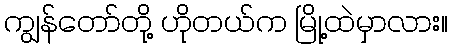
ကျွန်တော်တို့ ဟိုတယ်က မြို့ထဲမှာလား။